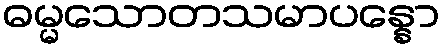
ဓမ္မသောတသမာပန္နော